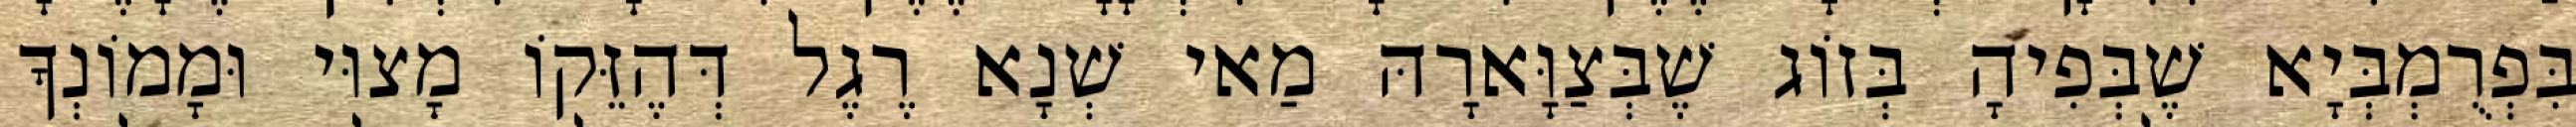
בִּפְרֻמְבְּיָא שֶׁבְּפִיהָ בְּזוֹג שֶׁבְּצַוָּארָהּ מַאי שְׁנָא רֶגֶל דְּהֶזֵּקוֹ מָצוּי וּמָמוֹנְךָ